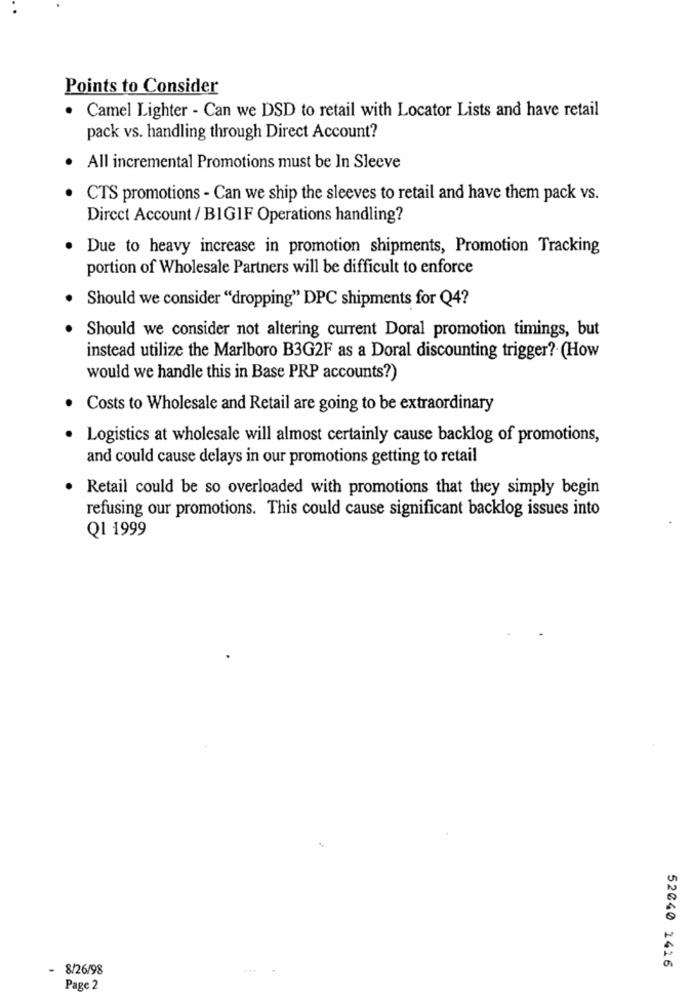
Points to Consider
· Camel Lighter - Can we DSD to retail with Locator Lists and have retail
pack vs. handling through Direct Account?
All incremental Promotions must be In Sleeve
CTS promotions - Can we ship the sleeves to retail and have them pack vs.
Direct Account / BIGIF Operations handling?
Due to heavy increase in promotion shipments, Promotion Tracking
portion of Wholesale Partners will be difficult to enforce
Should we consider "dropping" DPC shipments for Q4?
Should we consider not altering current Doral promotion timings, but
instead utilize the Marlboro B3G2F as a Doral discounting trigger? (How
would we handle this in Base PRP accounts?)
Costs to Wholesale and Retail are going to be extraordinary
Logistics at wholesale will almost certainly cause backlog of promotions,
and could cause delays in our promotions getting to retail
Retail could be so overloaded with promotions that they simply begin
refusing our promotions. This could cause significant backlog issues into
Q1 1999
8/26/98
52040 1416
Page 2